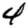
Digit: 4